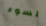
لسوء